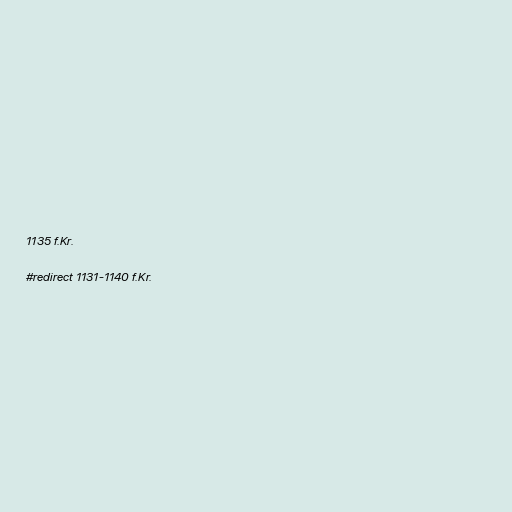
1135 f.Kr.

#redirect 1131-1140 f.Kr.